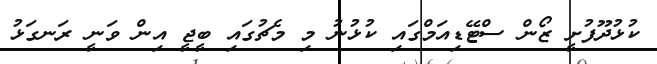
ކުޅުދޫފުށީ ޒޯން ސްޓޭޑިއަމްގައި ކުޅުނު މި މެޗުގައި ބީޖީ އިން ވަނީ ރަނގަޅު